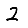
Digit: 2